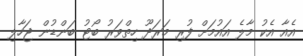
އެއާ އެކު މާލެ އައުމަށް ފުރި މަރަދޫ ހިތްވަރު ބޯޓު ބަންޑުން ޖަހާލި